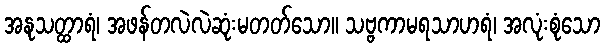
အနုသတ္ထာရံ၊ အဖန်တလဲလဲဆုံးမတတ်သော။ သဗ္ဗကာမရသာဟရံ၊ အလုံးစုံသော